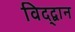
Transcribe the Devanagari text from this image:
विद्द्वान